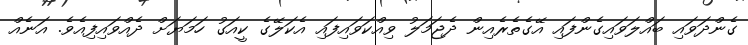
ގެންދަވައި ބައްލަވައިގެންފައި އޭގެތެރެއިން ދެޖަމަލު ވިއްކަވައިފައި އެކަލޭގެ ކީއަގު ހަމަޔަށް ދެއްވައިފިއެވެ. އަނެއް